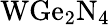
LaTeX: \mathrm{WGe_{2}N_{4}}